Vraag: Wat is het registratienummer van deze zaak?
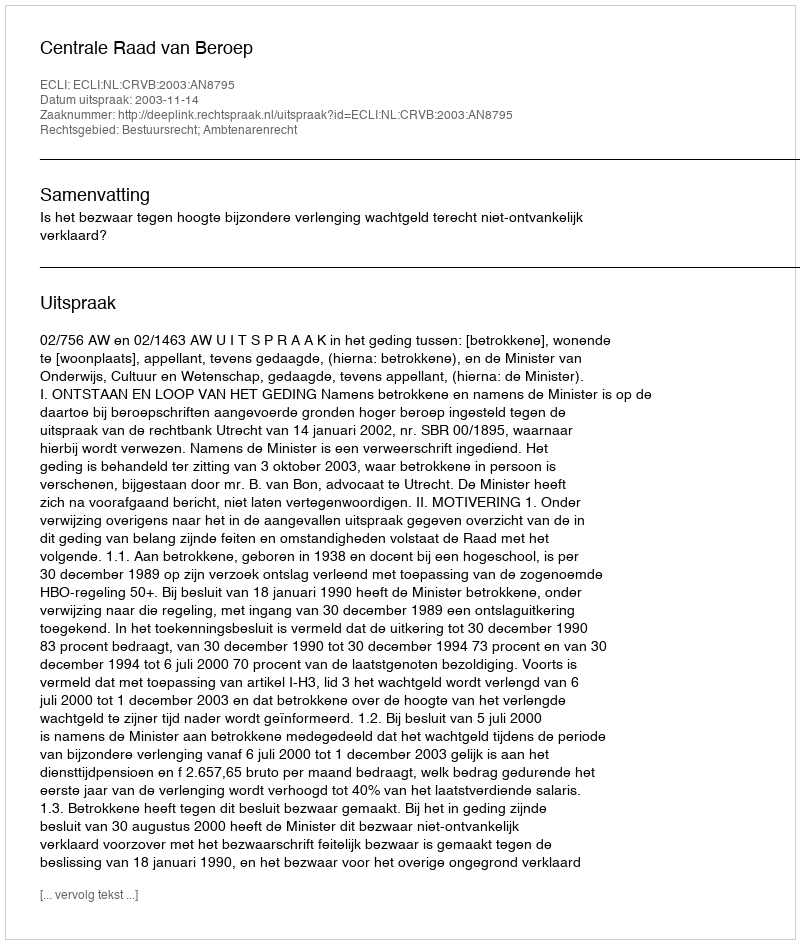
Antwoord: http://deeplink.rechtspraak.nl/uitspraak?id=ECLI:NL:CRVB:2003:AN8795